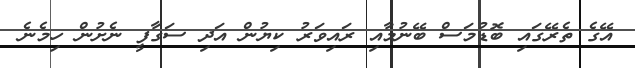
އޭގެ ތެރޭގައި ބޮޑުމަސް ބޭނުމާއި ރައިވަރު ކިޔުން އަދި ސަގާފީ ނެށުން ހިމެނެ